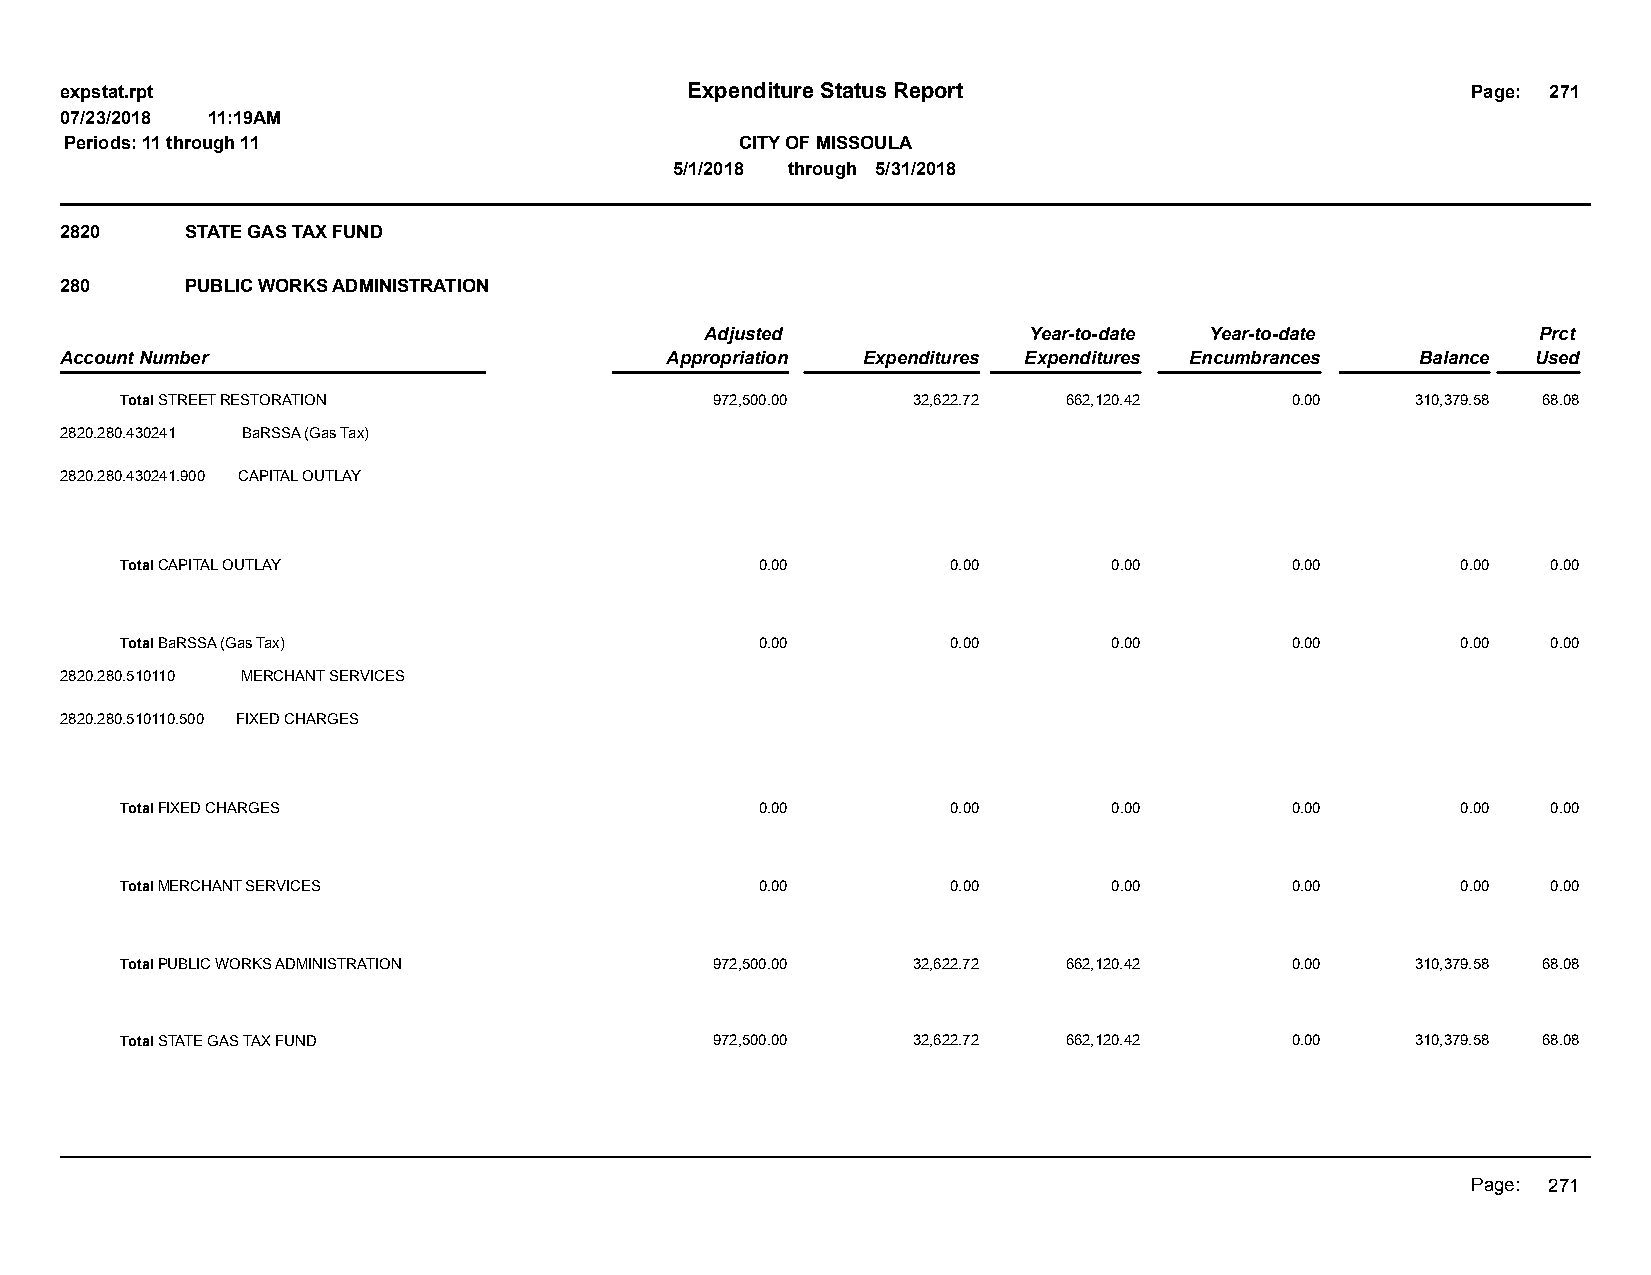
expstat.rpt                              Expenditure Status Report                           Page: 271
 07/23/2018 11:19AM
 Periods: 11 through 11                       CITY OF MISSOULA
 5/1/2018 through 5/31/2018
 2820    STATE GAS TAX FUND
 280     PUBLIC WORKS ADMINISTRATION
 Adjusted             Year-to-date Year-to-date         Prct
 Account Number                          Appropriation Expenditures Expenditures Encumbrances Balance Used
 Total STREET RESTORATION               972,500.00   32,622.72  662,120.42    0.00     310,379.58 68.08
 2820.280.430241 BaRSSA (Gas Tax)
 2820.280.430241.900 CAPITAL OUTLAY
 Total CAPITAL OUTLAY                      0.00         0.00       0.00       0.00        0.00  0.00
 Total BaRSSA (Gas Tax)                    0.00         0.00       0.00       0.00        0.00  0.00
 2820.280.510110 MERCHANT SERVICES
 2820.280.510110.500 FIXED CHARGES
 Total FIXED CHARGES                       0.00         0.00       0.00       0.00        0.00  0.00
 Total MERCHANT SERVICES                   0.00         0.00       0.00       0.00        0.00  0.00
 Total PUBLIC WORKS ADMINISTRATION      972,500.00   32,622.72  662,120.42    0.00     310,379.58 68.08
 Total STATE GAS TAX FUND               972,500.00   32,622.72  662,120.42    0.00     310,379.58 68.08
 Page: 271